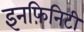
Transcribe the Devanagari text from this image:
इनफ़िनिटी